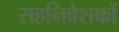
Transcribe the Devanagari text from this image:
सहनिवेशकों